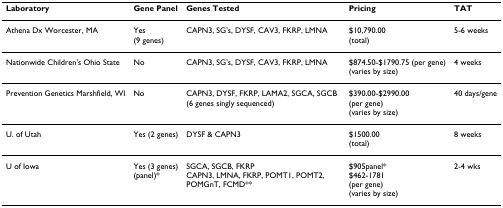
| Laboratory | Gene Panel | Genes Tested | Pricing | TAT |
 | --- | --- | --- | --- | --- |
 | Athena Dx Worcester, MA | Yes(9 genes) | CAPN3, SG's, DYSF, CAV3, FKRP, LMNA | $10,790.00(total) | 5-6 weeks |
 | Nationwide Children's Ohio State | No | CAPN3, SG's, DYSF, CAV3, FKRP, LMNA | $874.50-$1790.75 (per gene)(varies by size) | 4 weeks |
 | Prevention Genetics Marshfield, WI | No | CAPN3, DYSF, FKRP, LAMA2, SGCA, SGCB(6 genes singly sequenced) | $390.00-$2990.00(per gene)(varies by size) | 40 days/gene |
 | U. of Utah | Yes (2 genes) | DYSF & CAPN3 | $1500.00(total) | 8 weeks |
 | U of Iowa | Yes (3 genes)(panel)* | SGCA, SGCB, FKRPCAPN3, LMNA, FKRP, POMT1, POMT2, POMGnT, FCMD** | $905panel*$462-1781(per gene)(varies by size) | 2-4 wks |